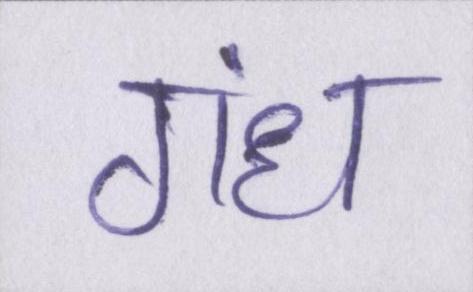
गंध